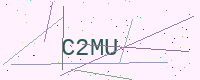
Text: C2MU